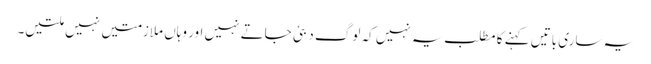
یہ ساری باتیں کہنے کا مطلب یہ نہیں کہ لوگ دبئی جاتے نہیں اور وہاں ملازمتیں نہیں ملتیں۔